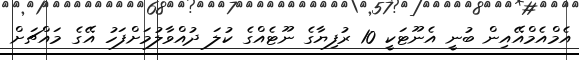
އެމްއެމްއޭއިން ބުނީ އެނޫޓަކީ 10 ރުފިޔާގެ ނޫޓެއްގެ ކުލަ ދުއްވާލުމަށްފަހު އޭގެ މައްޗަށް